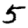
Digit: 5